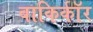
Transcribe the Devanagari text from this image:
बाकिर्कॉर